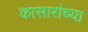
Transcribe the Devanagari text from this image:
कासारांच्या